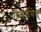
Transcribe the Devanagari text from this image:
विवर्जयेत्